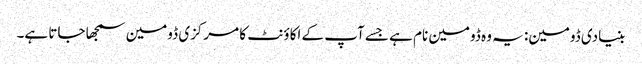
بنیادی ڈومین: یہ وہ ڈومین نام ہے جسے آپ کے اکاؤنٹ کا مرکزی ڈومین سمجھا جاتا ہے۔